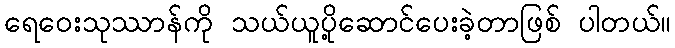
ရေဝေးသုဿာန်ကို သယ်ယူပို့ဆောင်ပေးခဲ့တာဖြစ် ပါတယ်။